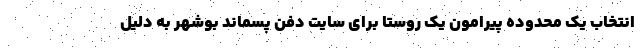
انتخاب یک محدوده پیرامون یک روستا برای سایت دفن پسماند بوشهر به دلیل